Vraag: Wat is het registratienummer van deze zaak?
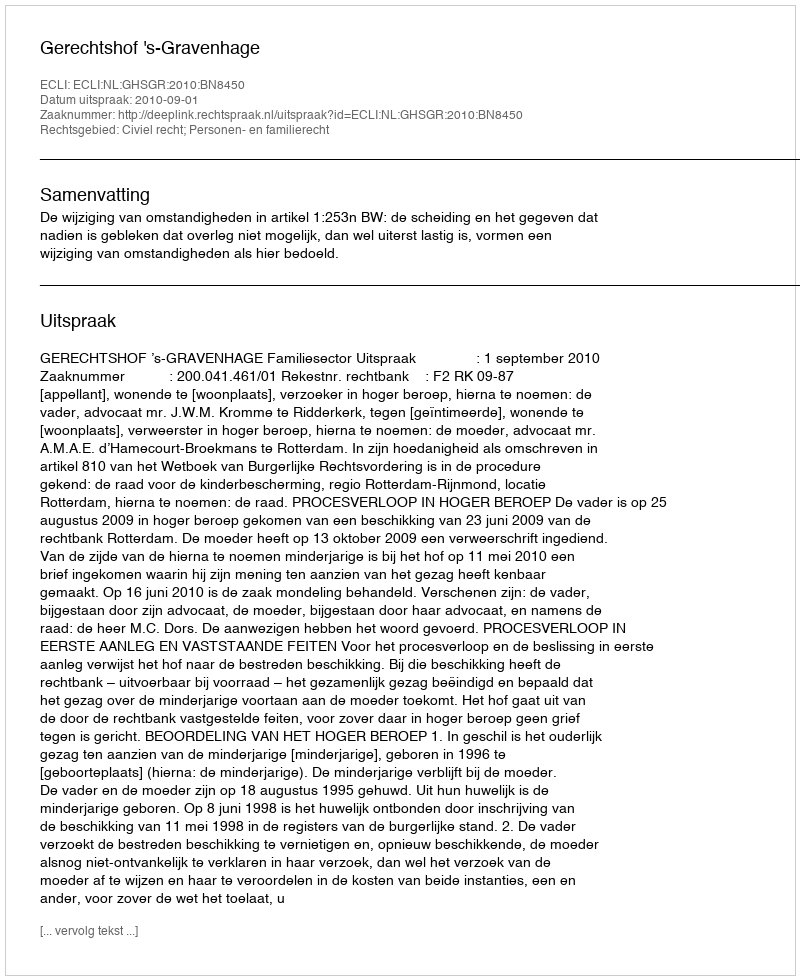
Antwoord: http://deeplink.rechtspraak.nl/uitspraak?id=ECLI:NL:GHSGR:2010:BN8450